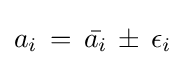
a_{i}\,=\,{\bar {a_{i}}}\,\pm \,\epsilon _{i}